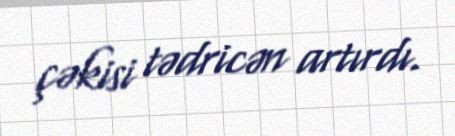
çəkisi tədricən artırdı.